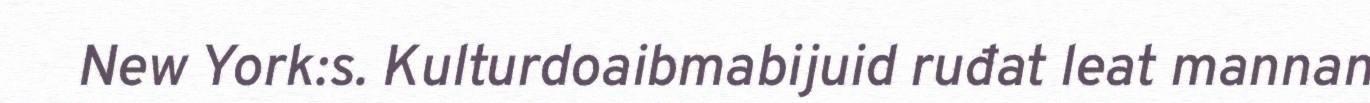
New York:s. Kulturdoaibmabijuid ruđat leat mannan